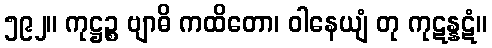
၅၉၂။ ကုဋ္ဌဉ္စ ဗျာဓိ ကထိတော၊ ဝါနေယျံ တု ကုဋန္နဋံ။